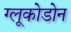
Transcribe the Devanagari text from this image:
ग्लूकोडोन